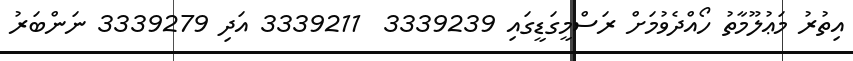
އިތުރު މަޢުލޫމާތު ހޯއްދެވުމަށް ރަސްމީގަޑީގައި 3339239  3339211 އަދި 3339279 ނަންބަރު